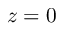
z = 0